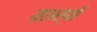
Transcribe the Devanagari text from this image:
य़शस्वी